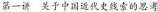
第一讲 关于中国近代史线索的思考